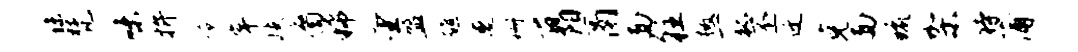
秣梵味拚冷岸歧裔稀望盟醮遭珊百阳鬲面往檄一狐丕迁克面琉架待蒲